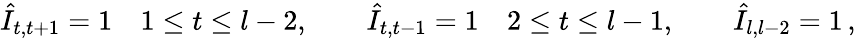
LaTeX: \hat{I}_{t,t+1}=1\quad 1\leq t\leq l-2,\quad\quad\hat{I}_{t,t-1}=1\quad 2\leq t\leq l-1,\quad\quad\hat{I}_{l,l-2}=1\, ,